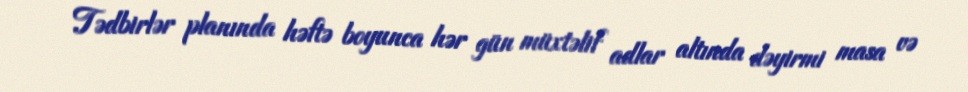
Tədbirlər planında həftə boyunca hər gün müxtəlif adlar altında dəyirmi masa və